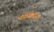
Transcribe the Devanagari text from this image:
भावयोजना